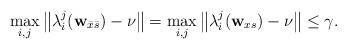
LaTeX: \begin{align*}\max_{i,j}\left\|\lambda_i^j(\mathbf{w}_{\bar{x}\bar{s}})-\nu\right\| =\max_{i,j}\left\|\lambda_i^j(\mathbf{w}_{xs})-\nu\right\| \le \gamma. \end{align*}